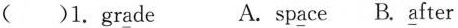
（）1.gr\underline{a}de A.sp\underline{a}ce B.\underline{a}fter